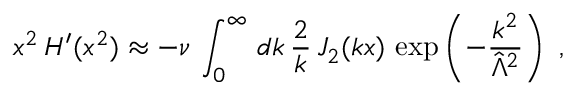
x ^ { 2 } \, H ^ { \prime } ( x ^ { 2 } ) \approx - \nu \, \int _ { 0 } ^ { \infty } \, d k \, \frac { 2 } { k } \, J _ { 2 } ( k x ) \, \exp \left( - \frac { k ^ { 2 } } { \hat { \Lambda } ^ { 2 } } \right) ~ ,